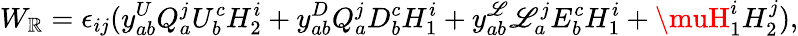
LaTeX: W_{\mathbb{R}}=\epsilon_{ij}(y_{ab}^{U}Q_{a}^{j}U_{b}^{c}H_{2}^{i}+y_{ab}^{D}Q_{a}^{j}D_{b}^{c}H_{1}^{i}+y_{ab}^{\mathscr{L}}\mathscr{L}_{a}^{j}E_{b}^{c}H_{1}^{i}+\muH_{1}^{i}H_{2}^{j}),